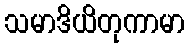
သမာဒိယိတုကာမာ